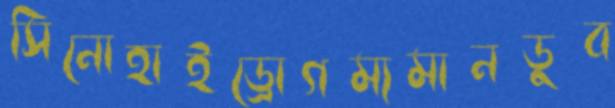
সিনোহাইড্রোগম্যমানডুব